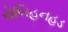
રોબિહનહૂડ